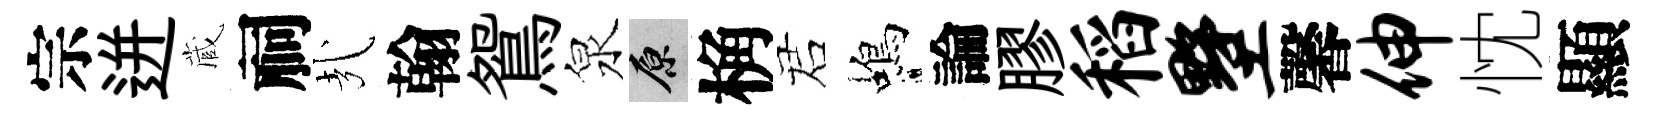
宗迸蔵祠㢤翰鴛泉原桷诺蝎論膠稻墅馨伸忱顯